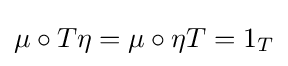
\mu \circ T\eta =\mu \circ \eta T=1_{T}